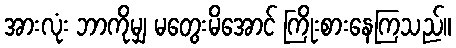
အားလုံး ဘာကိုမျှ မတွေးမိအောင် ကြိုးစားနေကြသည်။